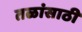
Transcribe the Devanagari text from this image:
तळांसाठी